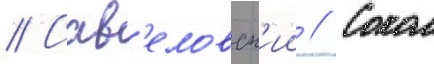
// Сав'еловск'ии // Сокол